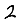
Digit: 2